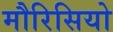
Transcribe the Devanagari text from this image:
मौरिसियो